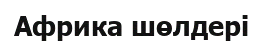
Африка шөлдері